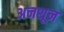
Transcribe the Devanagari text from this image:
अनशून